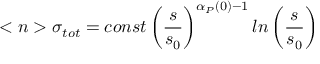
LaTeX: < n > \sigma _ { t o t } = c o n s t \left( { \frac { s } { s _ { 0 } } } \right) ^ { \alpha _ { P } ( 0 ) - 1 } l n \left( { \frac { s } { s _ { 0 } } } \right)